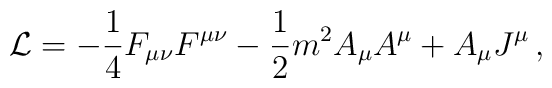
{\cal L} = -\frac{1}{4} F_{\mu\nu} F^{\mu\nu}             -\frac{1}{2} m^2 A_\mu A^\mu + A_\mu J^\mu\, ,